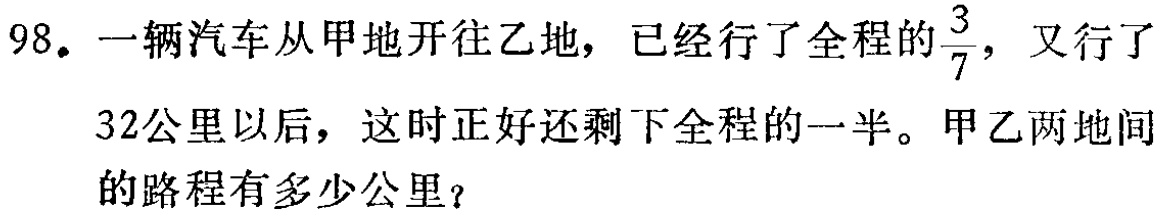
98. 一辆汽车从甲地开往乙地，已经行了全程的$\frac{3}{7}$，又行了

32公里以后，这时正好还剩下全程的一半。甲乙两地间

的路程有多少公里？